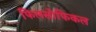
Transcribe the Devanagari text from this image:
फिलसोफिकल